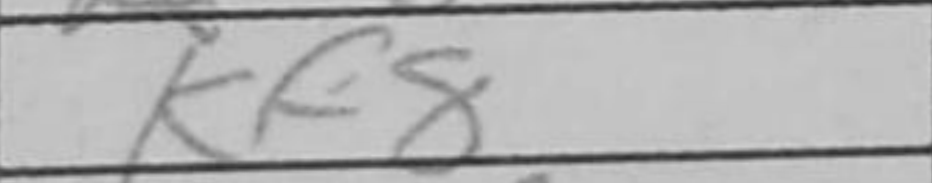
Transcription: Kf8